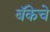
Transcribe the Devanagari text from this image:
बॅकेचे